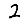
Digit: 2